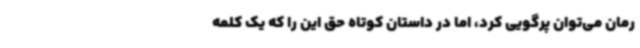
رمان می‌توان پرگویی کرد، اما در داستان کوتاه حق این‌ را که یک کلمه